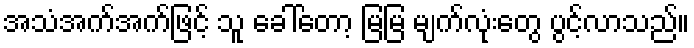
အသံအက်အက်ဖြင့် သူ ခေါ်တော့ မြမြ မျက်လုံးတွေ ပွင့်လာသည်။